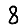
Digit: 8